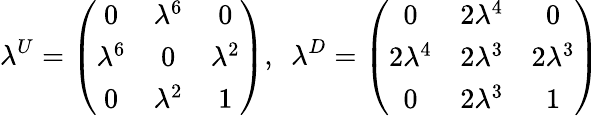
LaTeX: \lambda^{U}=\left(\begin{array}{ccc}{{0}}&{{\lambda^{6}}}&{{0}}\\ {{\lambda^{6}}}&{{0}}&{{\lambda^{2}}}\\ {{0}}&{{\lambda^{2}}}&{{1}}\end{array}\right),\ \ \lambda^{D}=\left(\begin{array}{ccc}{{0}}&{{2\lambda^{4}}}&{{0}}\\ {{2\lambda^{4}}}&{{2\lambda^{3}}}&{{2\lambda^{3}}}\\ {{0}}&{{2\lambda^{3}}}&{{1}}\end{array}\right)